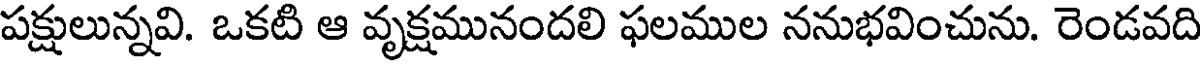
పక్షులున్నవి. ఒకటి ఆ వృక్షమునందలి ఫలముల ననుభవించును. రెండవది